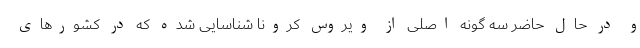
و در حال حاضر سه گونه اصلی از ویروس کرونا شناسایی شده که در کشورهای